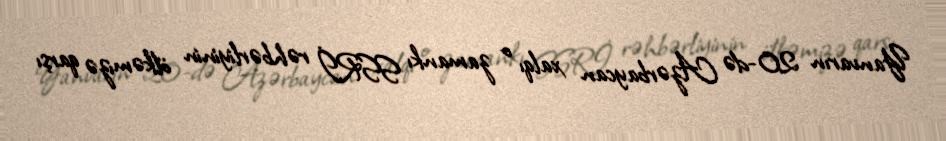
Yanvarın 20-də Azərbaycan xalqı o zamankı SSRİ rəhbərliyinin ölkəmizə qarşı